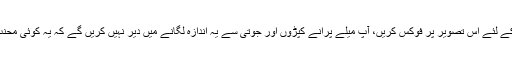
آپ ایک لمحہ کے لئے اس تصویر پر فوکس کریں، آپ میلے پرانے کپڑوں اور جوتی سے یہ اندازہ لگانے میں دیر نہیں کریں گے کہ یہ کوئی محنت کش بچہ ہے۔